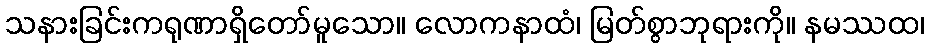
သနားခြင်းကရုဏာရှိတော်မူသော။ လောကနာထံ၊ မြတ်စွာဘုရားကို။ နမဿထ၊